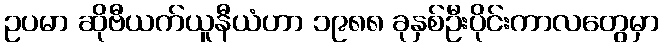
ဥပမာ ဆိုဗီယက်ယူနီယံဟာ ၁၉၈၈ ခုနှစ်ဦးပိုင်းကာလတွေမှာ